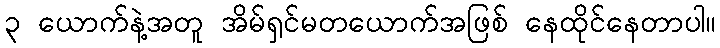
၃ ယောက်နဲ့အတူ အိမ်ရှင်မတယောက်အဖြစ် နေထိုင်နေတာပါ။